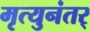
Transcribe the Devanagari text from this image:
मृत्युनंतर्